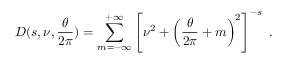
{ \cal D } ( s , \nu , { \frac { \theta } { 2 \pi } } ) = \sum _ { m = - \infty } ^ { + \infty } \left[ \nu ^ { 2 } + \left( { \frac { \theta } { 2 \pi } } + m \right) ^ { 2 } \right] ^ { - s } \; .